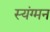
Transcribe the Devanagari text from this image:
स्यंग्मन